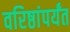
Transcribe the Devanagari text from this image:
वरिष्ठांपर्यंत